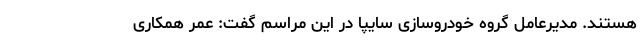
هستند. مدیرعامل گروه خودروسازی سایپا در این مراسم گفت: عمر همکاری